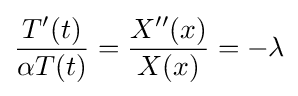
{\frac {T'(t)}{\alpha T(t)}}={\frac {X''(x)}{X(x)}}=-\lambda